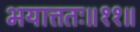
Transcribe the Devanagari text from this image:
भयात्ततः॥११॥